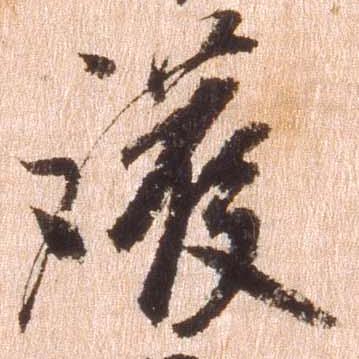
護